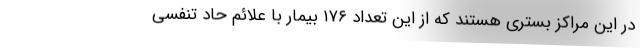
در این مراکز بستری هستند که از این تعداد ۱۷۶ بیمار با علائم حاد تنفسی